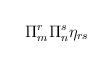
LaTeX: \begin{align*} \Pi^r_m \Pi^s_n \eta_{rs}\end{align*}